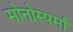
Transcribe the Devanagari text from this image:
मोनोस्पर्मा